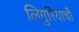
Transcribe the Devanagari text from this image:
लिगुरियाची